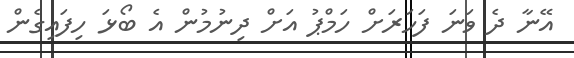
އޭނާ ދެ ވަނަ ފަހަރަށް ހަމްޕު އަށް ދިނުމުން އެ ބޯޅަ ހިފައިގެން